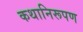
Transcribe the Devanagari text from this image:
कथानिरूपण